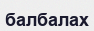
балбалах